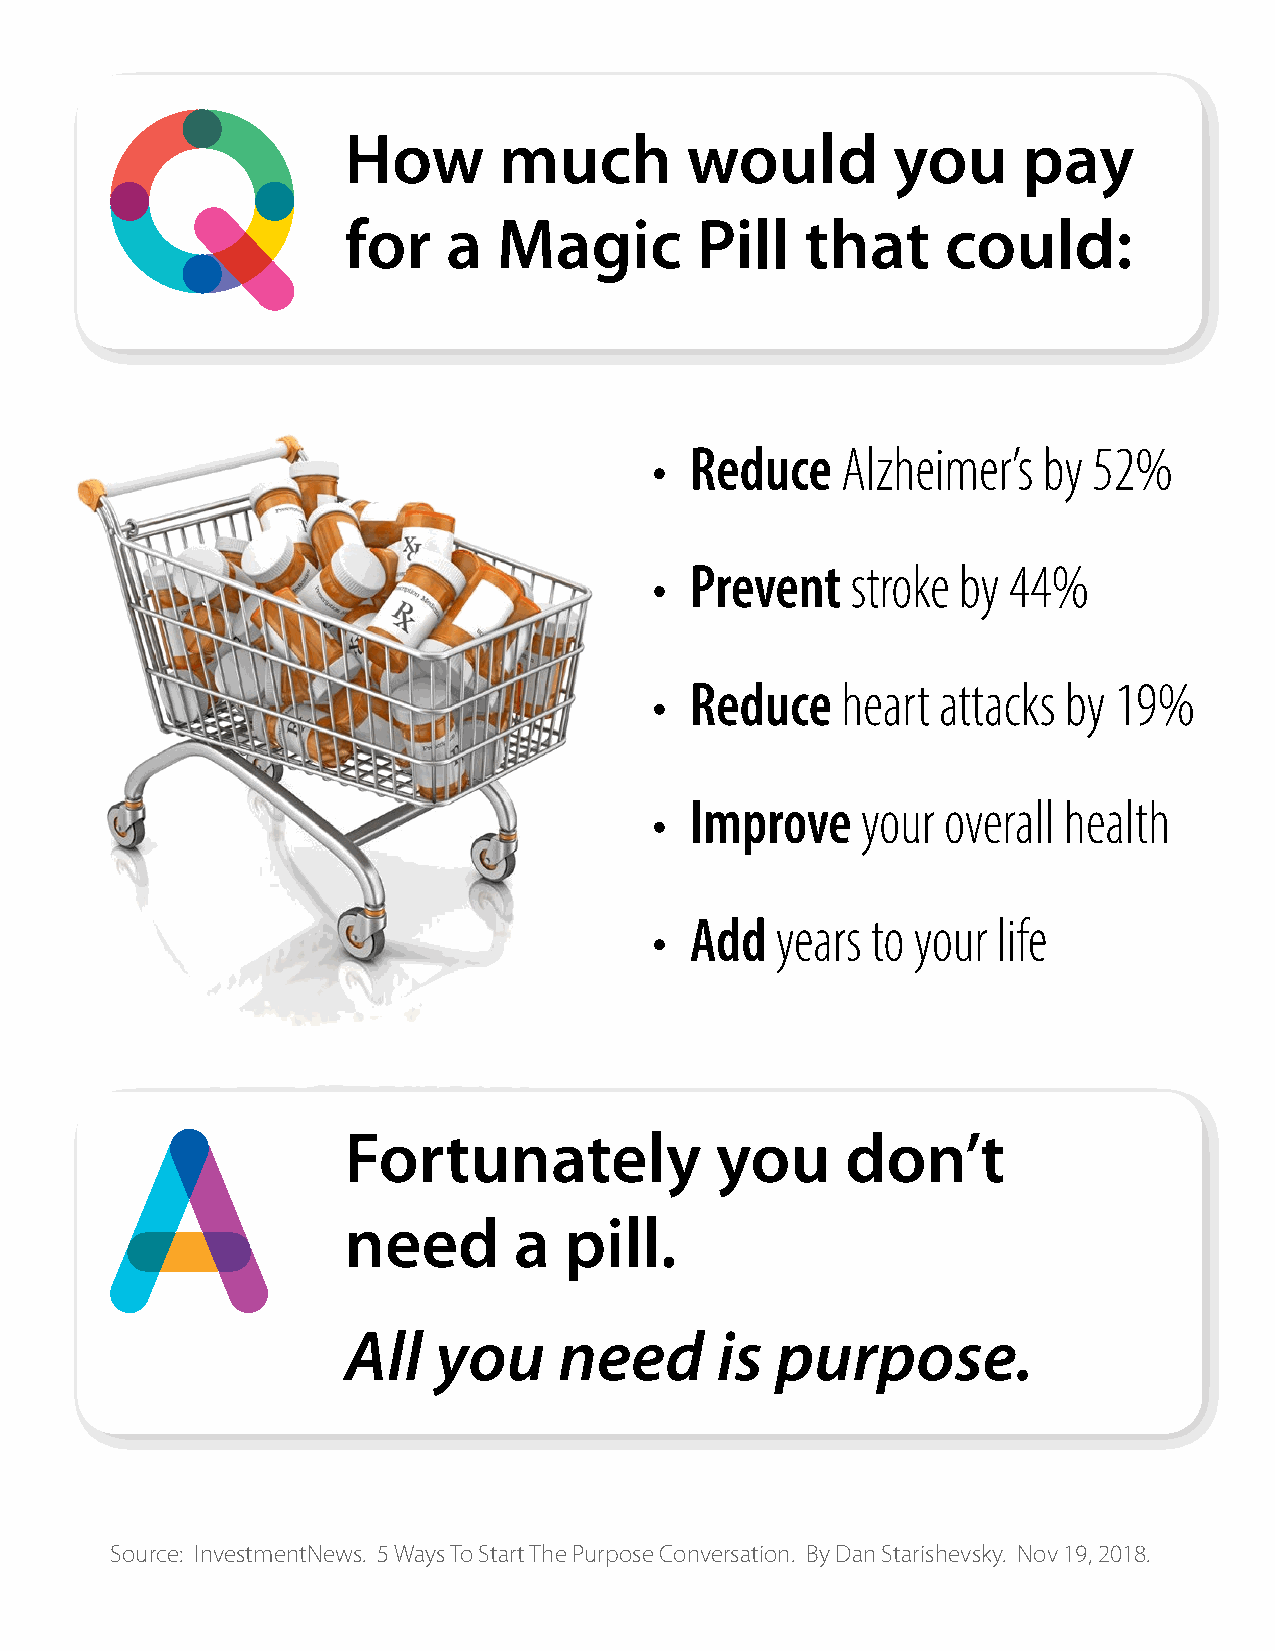
How       much        would         you      pay
 for    a  Magic        Pill   that      could:
 •  Reduce    Alzheimer’s  by 52%
 •  Prevent   stroke by  44%
 •  Reduce    heart attacks by  19%
 •  Improve    your  overall health
 •  Add  years  to your life
 Fortunately             you      don’t
 need       a  pill.
 All   you     need      is  purpose.
 Source: InvestmentNews. 5 Ways To Start The Purpose Conversation. By Dan Starishevsky. Nov 19, 2018.